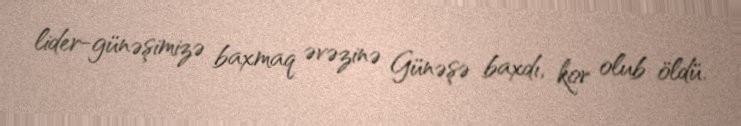
lider-günəşimizə baxmaq əvəzinə Günəşə baxdı, kor olub öldü.